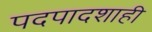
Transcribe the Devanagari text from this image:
पदपादशाही